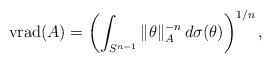
LaTeX: \begin{align*}{\rm vrad}(A)=\left (\int_{S^{n-1}}\|\theta \|_A^{-n}\,d\sigma (\theta )\right)^{1/n},\end{align*}